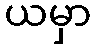
ယမှာ